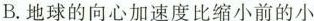
B.地球的向心加速度比缩小前的小